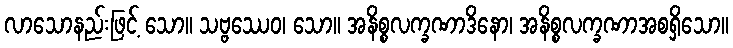
လာသောနည်းဖြင့် သော။ သဗ္ဗဿေဝ၊ သော။ အနိစ္စလက္ခဏာဒိနော၊ အနိစ္စလက္ခဏာအစရှိသော။